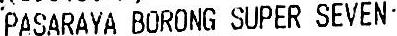
PASARAYA BORONG SUPER SEVEN